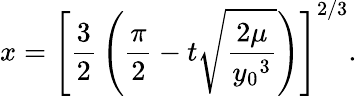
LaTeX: x=\left[{\frac{3}{2}}\left({\frac{\pi}{2}}-t{\sqrt{\frac{2\mu}{{y_{0}}^{3}}}}\right)\right]^{2/3}.